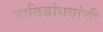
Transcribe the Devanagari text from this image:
ज्ञातिबांधवांची